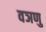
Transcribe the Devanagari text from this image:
वञणु